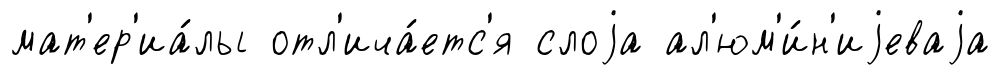
мат'ер'иа́лы отл'ича́етс'я слоjа ал'юм'и́н'иjеваjа